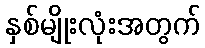
နှစ်မျိုးလုံးအတွက်